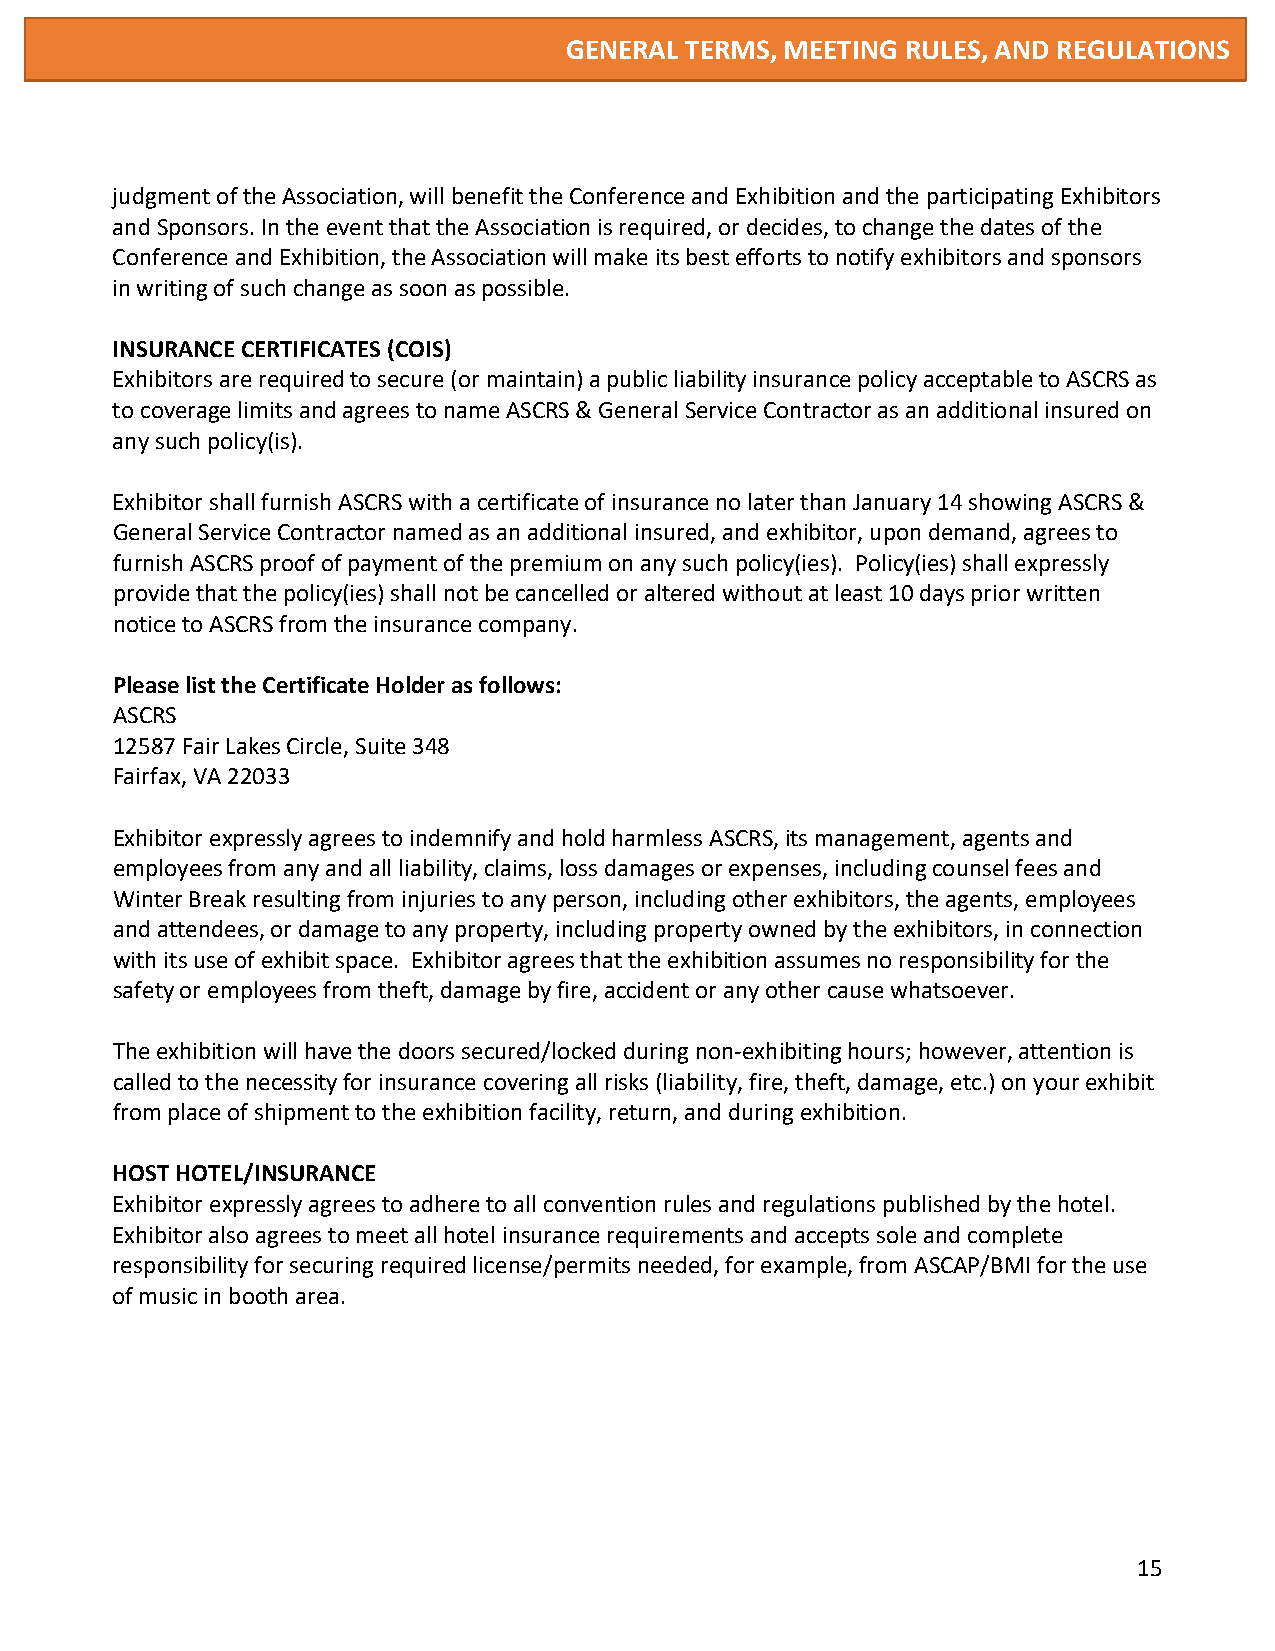
GENERAL TERMS, MEETING RULES, AND REGULATIONS
 judgment of the Association, will benefit the Conference and Exhibition and the participating Exhibitors
 and Sponsors. In the event that the Association is required, or decides, to change the dates of the
 Conference and Exhibition, the Association will make its best efforts to notify exhibitors and sponsors
 in writing of such change as soon as possible.
 INSURANCE CERTIFICATES (COIS)
 Exhibitors are required to secure (or maintain) a public liability insurance policy acceptable to ASCRS as
 to coverage limits and agrees to name ASCRS & General Service Contractor as an additional insured on
 any such policy(is).
 Exhibitor shall furnish ASCRS with a certificate of insurance no later than January 14 showing ASCRS &
 General Service Contractor named as an additional insured, and exhibitor, upon demand, agrees to
 furnish ASCRS proof of payment of the premium on any such policy(ies). Policy(ies) shall expressly
 provide that the policy(ies) shall not be cancelled or altered without at least 10 days prior written
 notice to ASCRS from the insurance company.
 Please list the Certificate Holder as follows:
 ASCRS
 12587 Fair Lakes Circle, Suite 348
 Fairfax, VA 22033
 Exhibitor expressly agrees to indemnify and hold harmless ASCRS, its management, agents and
 employees from any and all liability, claims, loss damages or expenses, including counsel fees and
 Winter Break resulting from injuries to any person, including other exhibitors, the agents, employees
 and attendees, or damage to any property, including property owned by the exhibitors, in connection
 with its use of exhibit space. Exhibitor agrees that the exhibition assumes no responsibility for the
 safety or employees from theft, damage by fire, accident or any other cause whatsoever.
 The exhibition will have the doors secured/locked during non-exhibiting hours; however, attention is
 called to the necessity for insurance covering all risks (liability, fire, theft, damage, etc.) on your exhibit
 from place of shipment to the exhibition facility, return, and during exhibition.
 HOST HOTEL/INSURANCE
 Exhibitor expressly agrees to adhere to all convention rules and regulations published by the hotel.
 Exhibitor also agrees to meet all hotel insurance requirements and accepts sole and complete
 responsibility for securing required license/permits needed, for example, from ASCAP/BMI for the use
 of music in booth area.
 15